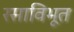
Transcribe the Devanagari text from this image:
रसाविभूत